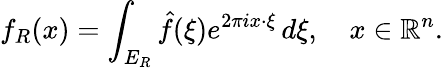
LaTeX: f_{R}(x)=\int_{E_{R}}{\hat{f}}(\xi)e^{2\pi ix\cdot\xi}\, d\xi,\quad x\in\mathbb{R}^{n}.